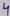
Text: 4